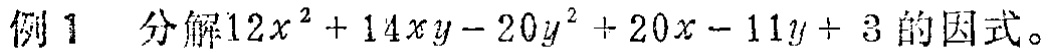
例1 分解\(12x^{2}+14xy - 20y^{2}+20x - 11y + 3\)的因式。